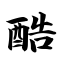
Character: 酷